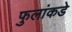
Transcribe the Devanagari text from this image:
फुलांकडे